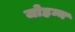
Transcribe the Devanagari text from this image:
जोहन्न